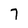
Character: 7